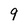
Character: 9